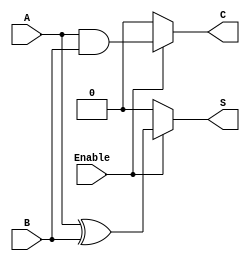
module conditional_half_adder (
    input wire A,        // Single-bit input A
    input wire B,        // Single-bit input B
    input wire Enable,   // Control signal to enable addition
    output wire S,       // Sum output
    output wire C        // Carry output
);

// Combinational logic for Conditional Half-Adder
assign S = (Enable) ? (A ^ B) : 1'b0; // S = A XOR B when Enable is high, else 0
assign C = (Enable) ? (A & B) : 1'b0; // C = A AND B when Enable is high, else 0

endmodule